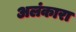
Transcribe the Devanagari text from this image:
अलंकारा